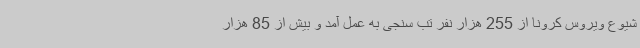
شیوع ویروس کرونا از 255 هزار نفر تب سنجی به عمل آمد و بیش از 85 هزار